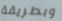
وبطريقة